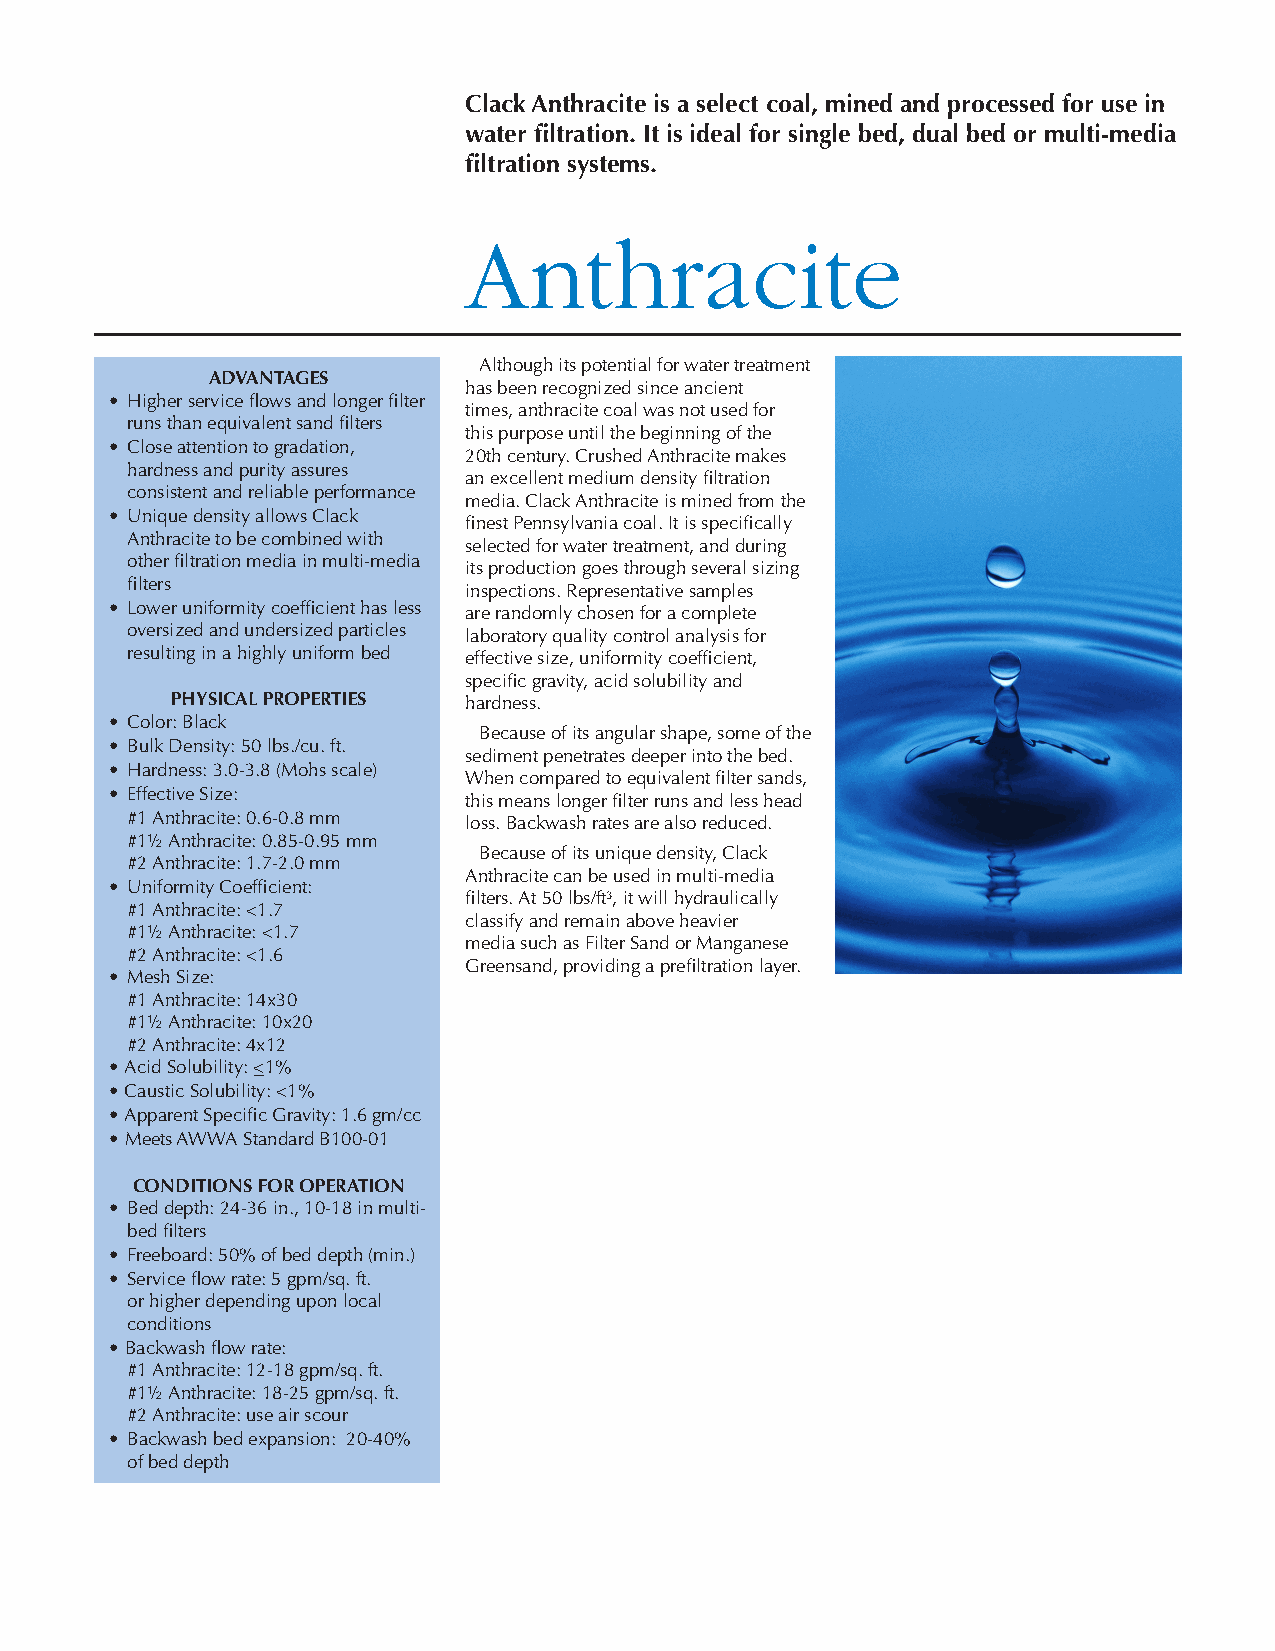
Clack Anthracite is a select coal, mined and processed for use in
 water filtration. It is ideal for single bed, dual bed or multi-media
 filtration systems.
 Anthracite
 Although its potential for water treatment
 ADVANTAGES
 has been recognized since ancient
 • Higher service flows and longer filter
 times, anthracite coal was not used for
 runs than equivalent sand filters
 this purpose until the beginning of the
 • Close attention to gradation,
 20th century. Crushed Anthracite makes
 hardness and purity assures
 an excellent medium density filtration
 consistent and reliable performance
 media. Clack Anthracite is mined from the
 • Unique density allows Clack
 finest Pennsylvania coal. It is specifically
 Anthracite to be combined with
 selected for water treatment, and during
 other filtration media in multi-media
 its production goes through several sizing
 filters
 inspections. Representative samples
 • Lower uniformity coefficient has less are randomly chosen for a complete
 oversized and undersized particles laboratory quality control analysis for
 resulting in a highly uniform bed effective size, uniformity coefficient,
 specific gravity, acid solubility and
 PHYSICAL PROPERTIES hardness.
 • Color: Black
 Because of its angular shape, some of the
 • Bulk Density: 50 lbs./cu. ft.
 sediment penetrates deeper into the bed.
 • Hardness: 3.0-3.8 (Mohs scale)
 When compared to equivalent filter sands,
 • Effective Size:
 this means longer filter runs and less head
 #1 Anthracite: 0.6-0.8 mm loss. Backwash rates are also reduced.
 #1½ Anthracite: 0.85-0.95 mm
 Because of its unique density, Clack
 #2 Anthracite: 1.7-2.0 mm
 Anthracite can be used in multi-media
 • Uniformity Coefficient:
 filters. At 50 lbs/ft³, it will hydraulically
 #1 Anthracite: <1.7
 classify and remain above heavier
 #1½ Anthracite: <1.7
 media such as Filter Sand or Manganese
 #2 Anthracite: <1.6
 Greensand, providing a prefiltration layer.
 • Mesh Size:
 #1 Anthracite: 14x30
 #1½ Anthracite: 10x20
 #2 Anthracite: 4x12
 • Acid Solubility: <1%
 • Caustic Solubility: <1%
 • Apparent Specific Gravity: 1.6 gm/cc
 • Meets AWWA Standard B100-01
 CONDITIONS FOR OPERATION
 • Bed depth: 24-36 in., 10-18 in multi-
 bed filters
 • Freeboard: 50% of bed depth (min.)
 • Service flow rate: 5 gpm/sq. ft.
 or higher depending upon local
 conditions
 • Backwash flow rate:
 #1 Anthracite: 12-18 gpm/sq. ft.
 #1½ Anthracite: 18-25 gpm/sq. ft.
 #2 Anthracite: use air scour
 • Backwash bed expansion: 20-40%
 of bed depth